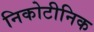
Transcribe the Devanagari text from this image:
निकोटीनिक